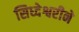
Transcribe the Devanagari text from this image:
सिध्देश्वरीने